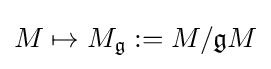
M\mapsto M_{\mathfrak {g}}:=M/{\mathfrak {g}}M